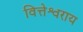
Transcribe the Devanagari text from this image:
वित्तेश्वराय